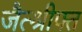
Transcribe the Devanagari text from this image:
जैत्श्रीफ्त